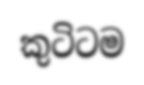
කුටිටම